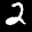
Label: 2